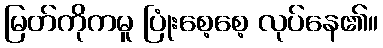
မြတ်ကိုကမူ ပြုံးစေ့စေ့ လုပ်နေ၏။